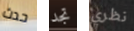
حدث تجد نظري